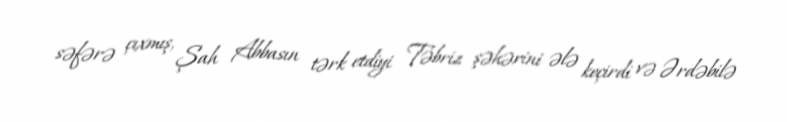
səfərə çıxmış, Şah Abbasın tərk etdiyi Təbriz şəhərini ələ keçirdi və Ərdəbilə